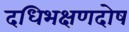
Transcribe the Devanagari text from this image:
दधिभक्षणदोष